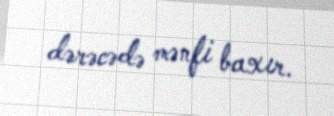
dərəcədə mənfi baxır.